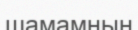
шамамның